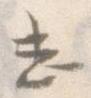
し